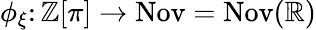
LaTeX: \phi_{\xi}\colon\mathbb{Z}[\pi]\to\operatorname{Nov}=\operatorname{Nov}(\mathbb{R})